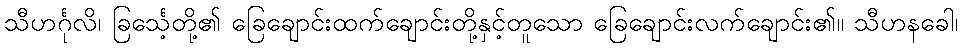
သီဟင်္ဂုလိ၊ ခြင်္သေ့တို့၏ ခြေချောင်းထက်ချောင်းတို့နှင့်တူသော ခြေချောင်းလက်ချောင်း၏။ သီဟနခေါ၊